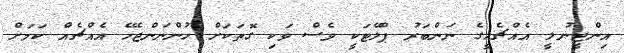
އިންޖީނުލީ އެއްޗެހީގެ ނަންބަރު ޕްލޭޓަކީ ވެސް ވަކި ގޮތަކަށް ހުންނަންޖެހޭ އެއްޗެއް ކަމަށް